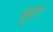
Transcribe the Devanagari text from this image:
भूटा